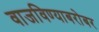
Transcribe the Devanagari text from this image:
वाजविण्याबरोबर